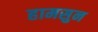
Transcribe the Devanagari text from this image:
हामसुन